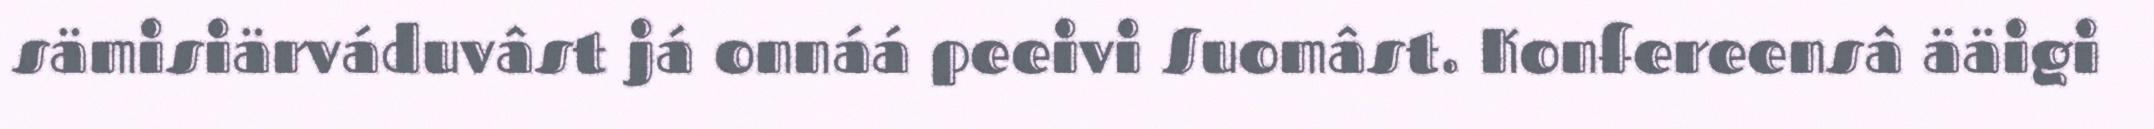
sämisiärváduvâst já onnáá peeivi Suomâst. Konfereensâ ääigi